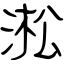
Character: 淞